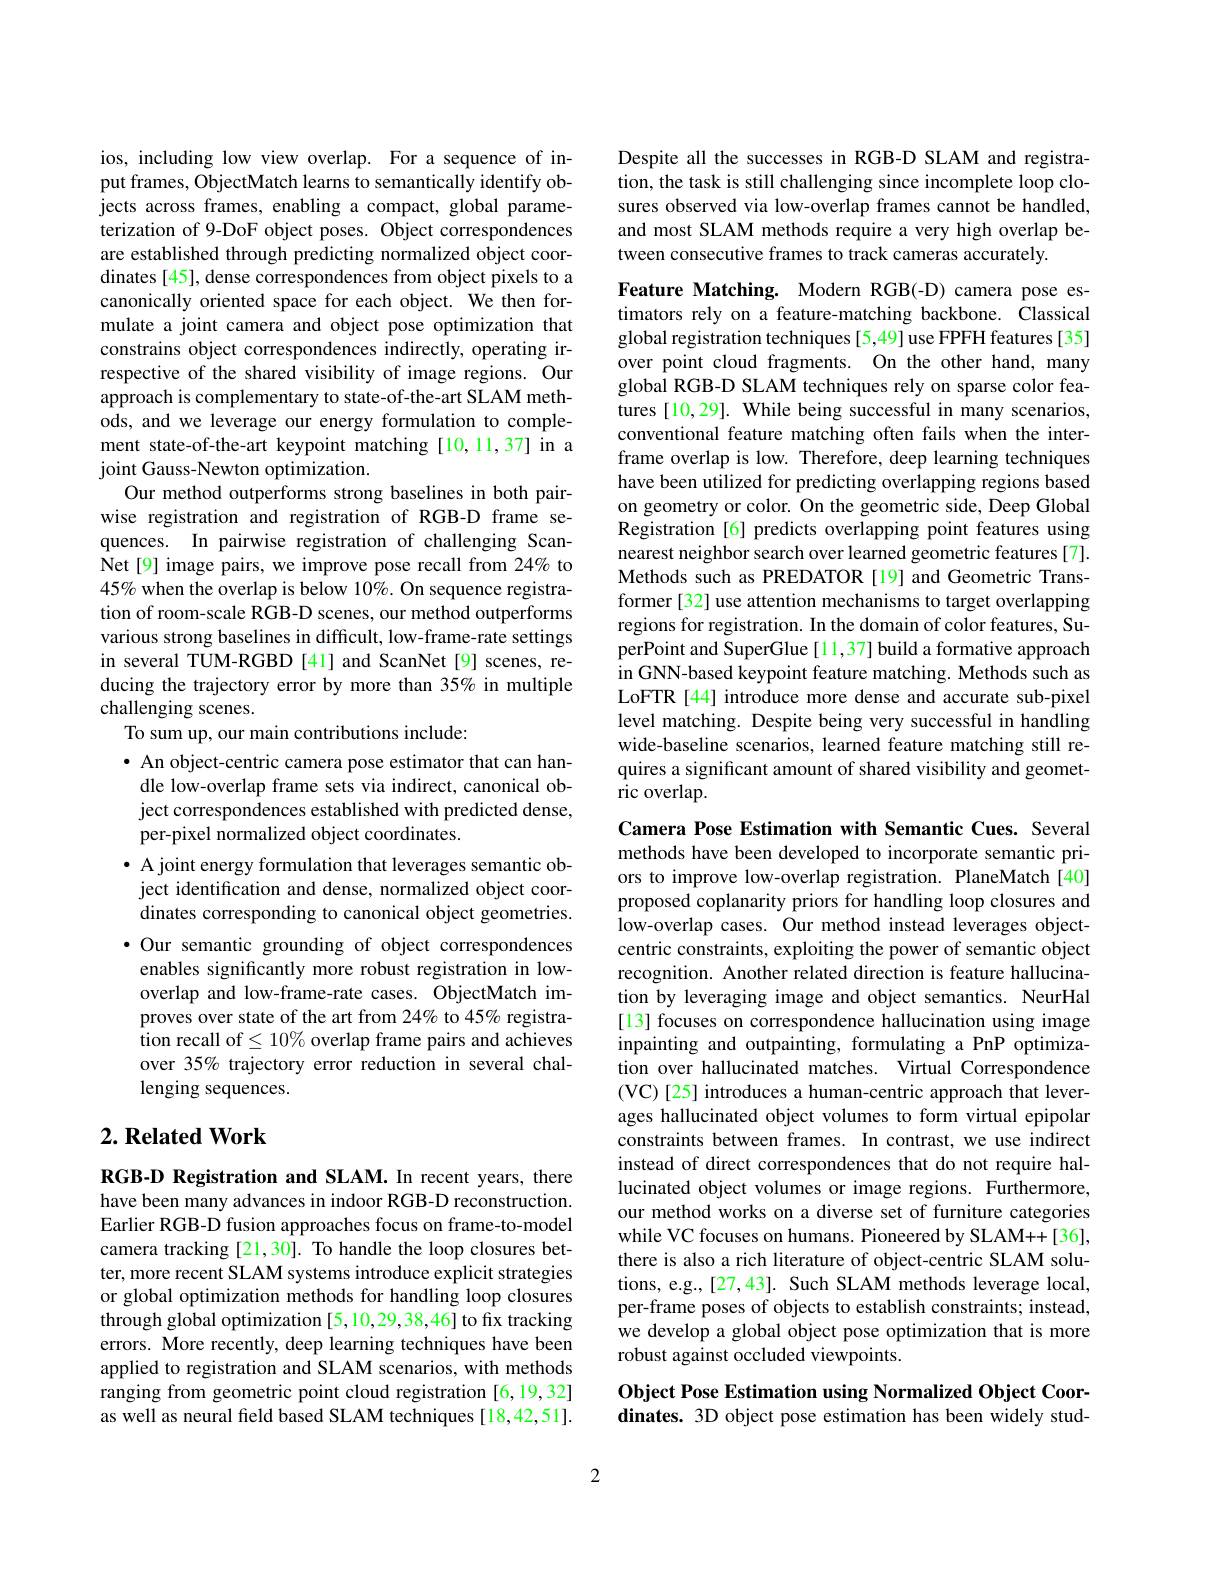
ios, including low view overlap. For a sequence of input frames, ObjectMatch learns to semantically identify objects across frames, enabling a compact, global parameterization of 9-DoF object poses. Object correspondences are established through predicting normalized object coordinates [45], dense correspondences from object pixels to a canonically oriented space for each object. We then formulate a joint camera and object pose optimization that constrains object correspondences indirectly, operating irrespective of the shared visibility of image regions. Our approach is complementary to state-of-the-art SLAM methods, and we leverage our energy formulation to complement state-of-the-art keypoint matching [10,11,37] in a joint Gauss-Newton optimization.
Our method outperforms strong baselines in both pairwise registration and registration of RGB-D frame sequences. In pairwise registration of challenging Scan- $\hat{\mathrm{Net~[9]~image~pairs,~we~improve~pose~recall~from~24%~to}}$ 45% when the overlap is below 10%. On sequence registration of room-scale RGB-D scenes, our method outperforms various strong baselines in difficult, low-frame-rate settings in several TUM-RGBD [41] and ScanNet [9] scenes, reducing the trajectory error by more than 35% in multiple challenging scenes.
To sum up, our main contributions include:

· An object-centric camera pose estimator that can handle low-overlap frame sets via indirect, canonical object correspondences established with predicted dense, per-pixel normalized object coordinates.
· A joint energy formulation that leverages semantic ob-
ject identification and dense, normalized object coordinates corresponding to canonical object geometries. $\bullet$ Our semantic grounding of object correspondences enables significantly more robust registration in lowoverlap and low-frame-rate cases. ObjectMatch improves over state of the art from 24% to 45% registration recall of$\leq10\%$ overlap frame pairs and achieves over 35% trajectory error reduction in several challenging sequences.

## $2. \textbf{ Related Work}$

RGB-D Registration and SLAM.In recent years, there have been many advances in indoor RGB-D reconstruction. Earlier RGB-D fusion approaches focus on frame-to-model camera tracking [21,30]. To handle the loop closures better, more recent SLAM systems introduce explicit strategies or global optimization methods for handling loop closures through global optimization [5,10,29,38,46] to fix tracking errors. More recently, deep learning techniques have been applied to registration and SLAM scenarios, with methods ranging from geometric point cloud registration [6,19,32] as well as neural field based SLAM techniques [18,42,51].

Despite all the successes in RGB-D SLAM and registration, the task is still challenging since incomplete loop closures observed via low-overlap frames cannot be handled, and most SLAM methods require a very high overlap between consecutive frames to track cameras accurately.

Feature Matching. Modern RGB(-D) camera pose estimators rely on a feature-matching backbone. Classical global registration techniques[5,49] use FPFH features[35] over point cloud fragments. On the other hand, many global RGB-D SLAM techniques rely on sparse color features [10,29]. While being successful in many scenarios, conventional feature matching often fails when the interframe overlap is low. Therefore, deep learning techniques have been utilized for predicting overlapping regions based on geometry or color. On the geometric side, Deep Global Registration [6] predicts overlapping point features using nearest neighbor search over learned geometric features [7]. Methods such as PREDATOR [19] and Geometric Transformer[32] use attention mechanisms to target overlapping regions for registration. In the domain of color features, SuperPoint and SuperGlue [11,37] build a formative approach in GNN-based keypoint feature matching. Methods such as LoFTR [44] introduce more dense and accurate sub-pixel level matching. Despite being very successful in handling wide-baseline scenarios, learned feature matching still requires a significant amount of shared visibility and geometric overlap.

Camera Pose Estimation with Semantic Cues. Several methods have been developed to incorporate semantic priors to improve low-overlap registration. PlaneMatch[40] proposed coplanarity priors for handling loop closures and low-overlap cases. Our method instead leverages objectcentric constraints, exploiting the power of semantic object recognition. Another related direction is feature hallucination by leveraging image and object semantics. NeurHal [13] focuses on correspondence hallucination using image inpainting and outpainting, formulating a PnP optimization over hallucinated matches. Virtual Correspondence (VC)[25] introduces a human-centric approach that leverages hallucinated object volumes to form virtual epipolar constraints between frames. In contrast, we use indirect instead of direct correspondences that do not require hallucinated object volumes or image regions. Furthermore, our method works on a diverse set of furniture categories while VC focuses on humans. Pioneered by SLAM++[36], there is also a rich literature of object-centric SLAM solutions, e.g.,[27,43]. Such SLAM methods leverage local, per-frame poses of objects to establish constraints; instead, we develop a global object pose optimization that is more robust against occluded viewpoints.

## Object Pose Estimation using Normalized Object Coordinates. 3D object pose estimation has been widely stud-

2